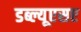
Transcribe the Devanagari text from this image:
डब्ल्यूएसए